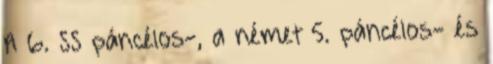
A 6. SS páncélos-, a német 5. páncélos- és